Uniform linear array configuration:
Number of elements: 48
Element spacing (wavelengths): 0.75
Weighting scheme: hamming
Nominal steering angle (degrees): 0
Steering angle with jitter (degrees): -1.129
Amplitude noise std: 0.05
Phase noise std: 0.05

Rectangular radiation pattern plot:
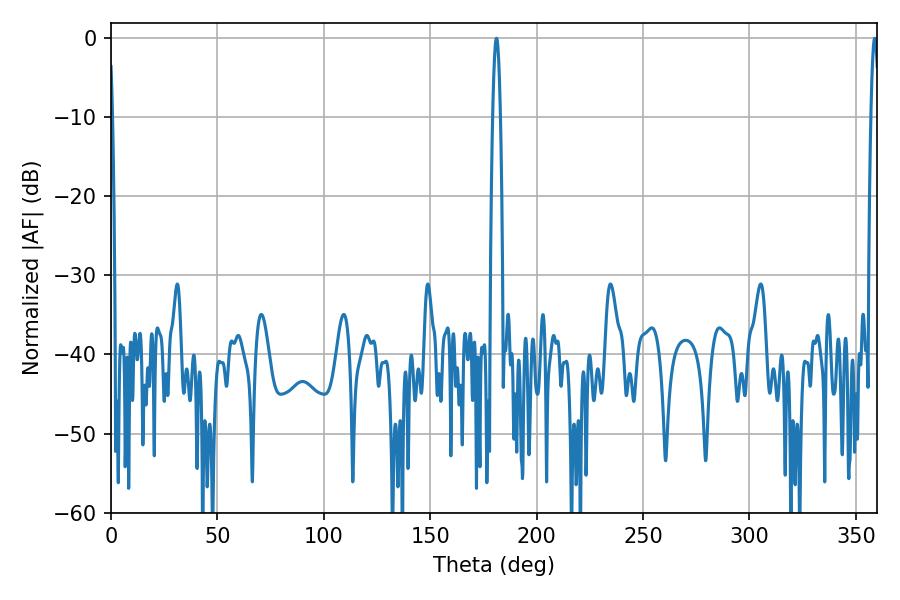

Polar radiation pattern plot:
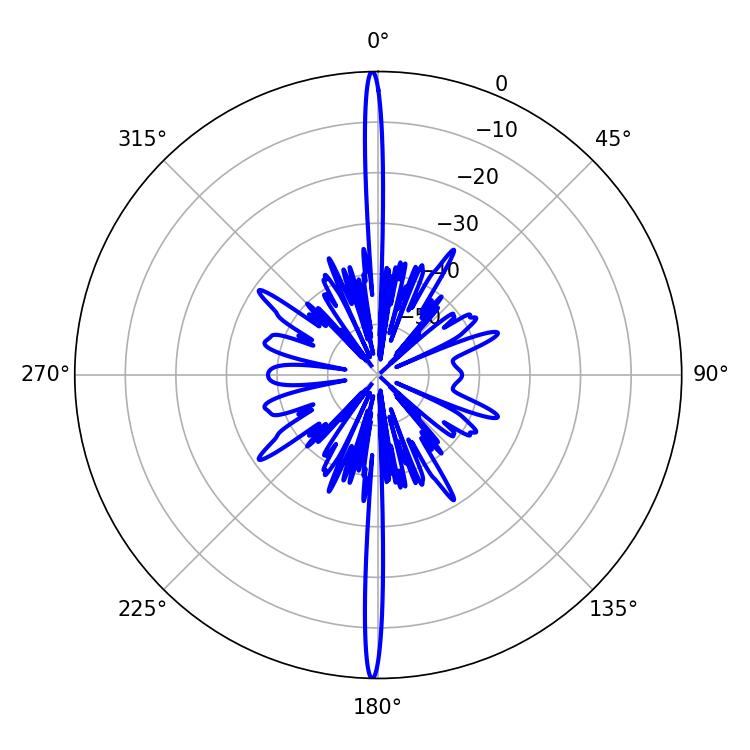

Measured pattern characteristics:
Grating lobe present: TRUE
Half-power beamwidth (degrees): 1.98
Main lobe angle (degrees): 181.08